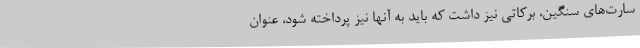
سارت‌های سنگین، برکاتی نیز داشت که باید به آنها نیز پرداخته شود، عنوان